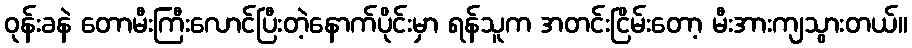
ဝုန်းခနဲ တောမီးကြီးလောင်ပြီးတဲ့နောက်ပိုင်းမှာ ရန်သူက အတင်းငြိမ်းတော့ မီးအားကျသွားတယ်။